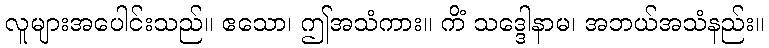
လူများအပေါင်းသည်။ ဧသော၊ ဤအသံကား။ ကိံ သဒ္ဒေါနာမ၊ အဘယ်အသံနည်း။